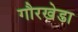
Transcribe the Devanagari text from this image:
गौरखेडा